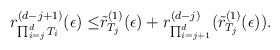
LaTeX: \begin{align*}r_{\prod_{i=j}^d T_i}^{(d-j+1)}(\epsilon)\leq&\tilde{r}^{(1)}_{T_j}(\epsilon)+r_{\prod_{i=j+1}^d}^{(d-j)}(\tilde{r}^{(1)}_{T_j}(\epsilon)).\end{align*}